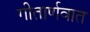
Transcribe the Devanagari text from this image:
गीतार्णवात